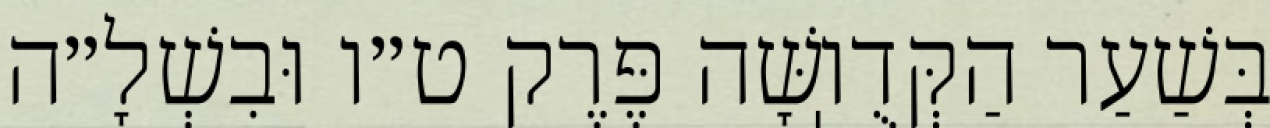
בְּשַׁעַר הַקְּדֻוֽשָּׁה פֶּרֶק ט״ו וּבִשְׁלָ״ה